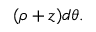
( \rho + z ) d \theta .